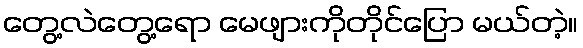
တွေ့လဲတွေ့ရော မေဖျားကိုတိုင်ပြော မယ်တဲ့။